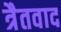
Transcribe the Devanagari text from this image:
त्रैतवाद